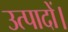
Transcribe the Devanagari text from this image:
उत्पादों।